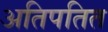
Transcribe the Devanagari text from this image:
अतिपतित